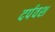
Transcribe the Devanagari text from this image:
दर्पवश